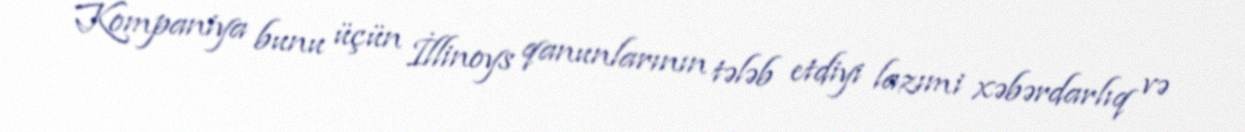
Kompaniya bunu üçün İllinoys qanunlarının tələb etdiyi lazımi xəbərdarlıq və